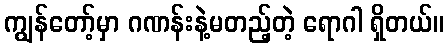
ကျွန်တော့်မှာ ဂဏန်းနဲ့မတည့်တဲ့ ရောဂါ ရှိတယ်။